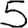
Digit: 5